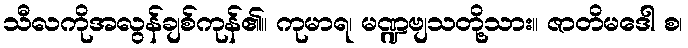
သီလကိုအလွန်ချစ်ကုန်၏။ ကုမာရ၊ မဏ္ဍဗျသတို့သား။ ဇာတိမဒေါ စ၊